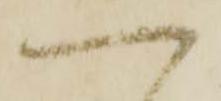
へ